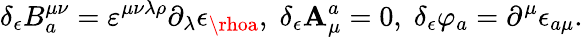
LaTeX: \delta_{\epsilon}B_{a}^{\mu\nu}=\varepsilon^{\mu\nu\lambda\rho}\partial_{\lambda}\epsilon_{\rhoa},\; \delta_{\epsilon}\mathbf{A}_{\mu}^{a}=0,\; \delta_{\epsilon}\varphi_{a}=\partial^{\mu}\epsilon_{a\mu}.